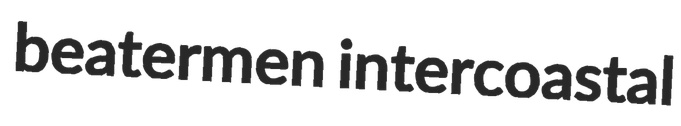
beatermen intercoastal